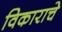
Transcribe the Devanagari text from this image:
विकाराचे